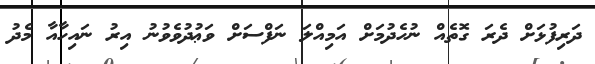
ދަރިފުޅަށް ދެރަ ގޮތެއް ނުހެދުމަށް އަމިއްލަ ނަފްސަށް ވަޢުދުވެވުނު އިރު ނައިހާއާ މެދު